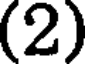
(2)